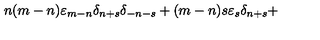
n ( m - n ) { \varepsilon } _ { m - n } { \delta } _ { n + s } { \delta } _ { - n - s } + ( m - n ) s { \varepsilon } _ { s } { \delta } _ { n + s } +